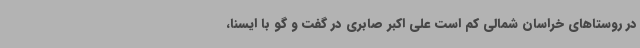
در روستاهای خراسان شمالی کم است علی اکبر صابری در گفت و گو با ایسنا،